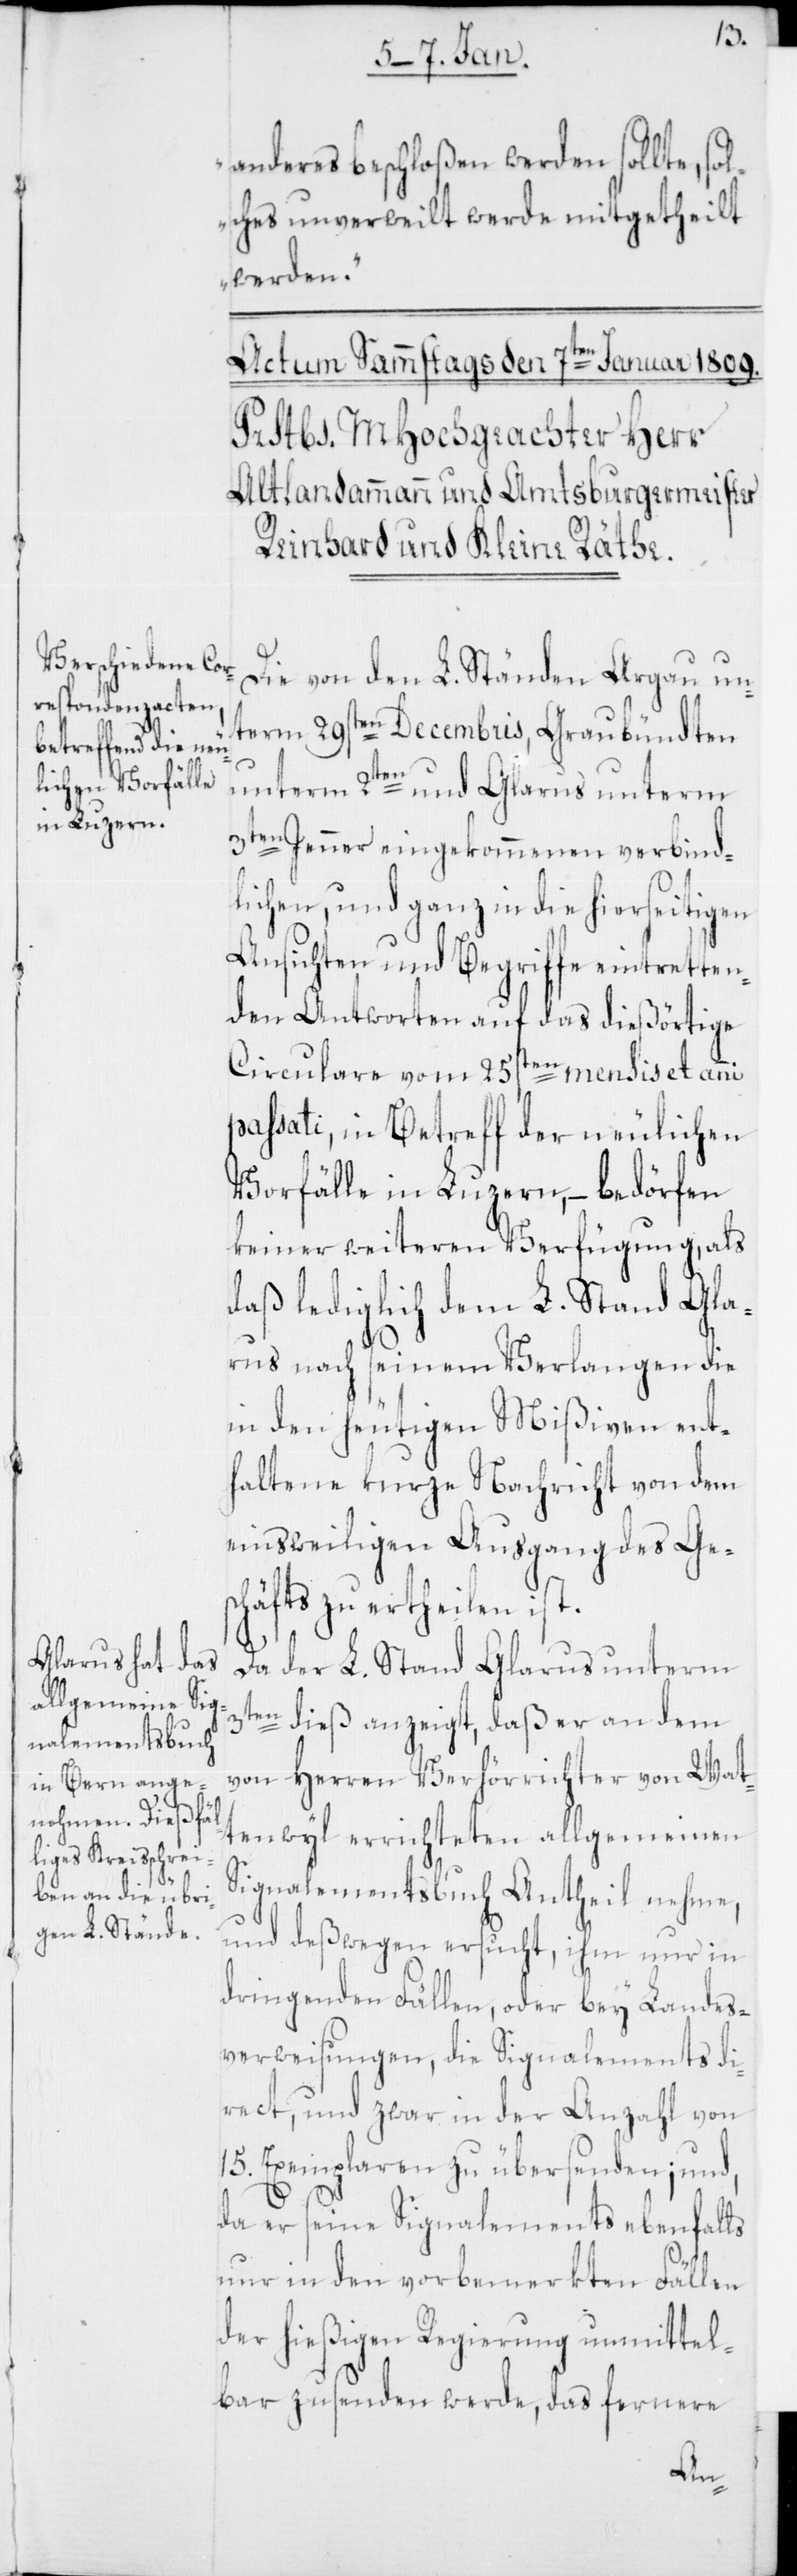
anderes beschloßen werden sollte, so¬
lches unverweilt werde mitgetheilt
werden.“
Die von den L. Ständen Argau un¬
term 29sten Decembris, Graubündten
unterm 2ten und Glraus unterm
3ten Jenner eingekommenen verbind¬
lichen, und ganz in die hierseitigen
Ansichten und Begriffe eintretten¬
den Antworten auf das dießörtige
Circulare vom 25sten mensis et anni
passati, in Betreff der neulichen
Vorfälle in Luzern, – bedörfen
keiner weiteren Verfügung, als
daß lediglich dem L. Stand Gla¬
rus nach seinem Verlangen die
in den heutigen Mißiven ent¬
haltene kurze Nachricht von dem
einsweiligen Ausgang des Ges¬
chäfts zu ertheilen ist.
Da der L. Stand Glarus unterm
3ten dieß anzeigt, daß er an dem
von Herren Verhörrichter von Wat¬
tenwyl errichteten allgemeinen
Signalementsbuch Antheil nehme,
und deßwegen ersucht, ihm nur in
dringenden Fällen oder bey Landes¬
verweisungen, die Signalements di¬
rect, und zwar in der Anzahl von
15. Exemplaren zu übersenden; und,
da er seine Signalements ebenfalls
nur in den vorbemerkten Fällen
der hießigen Regierung unmittel¬
bar zusenden werde, das fernere